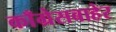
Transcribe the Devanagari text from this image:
काँग्रेसबाहेर